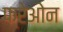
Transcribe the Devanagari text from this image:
फ्रेओन